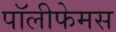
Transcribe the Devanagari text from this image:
पॉलीफेमस